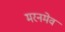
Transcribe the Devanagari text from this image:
मरनमेव